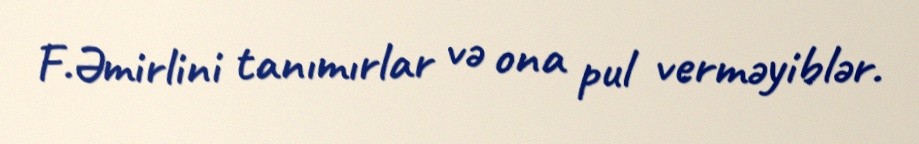
F.Əmirlini tanımırlar və ona pul verməyiblər.